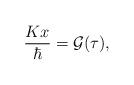
LaTeX: \begin{align*}{K x\over \hbar}={\cal G}(\tau),\end{align*}